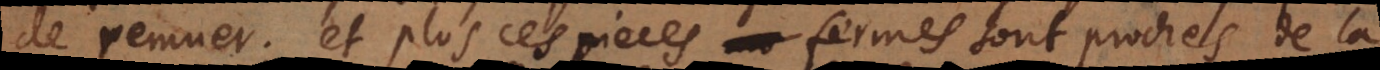
de remuer; et plus ces pieces fermes sont proches de la